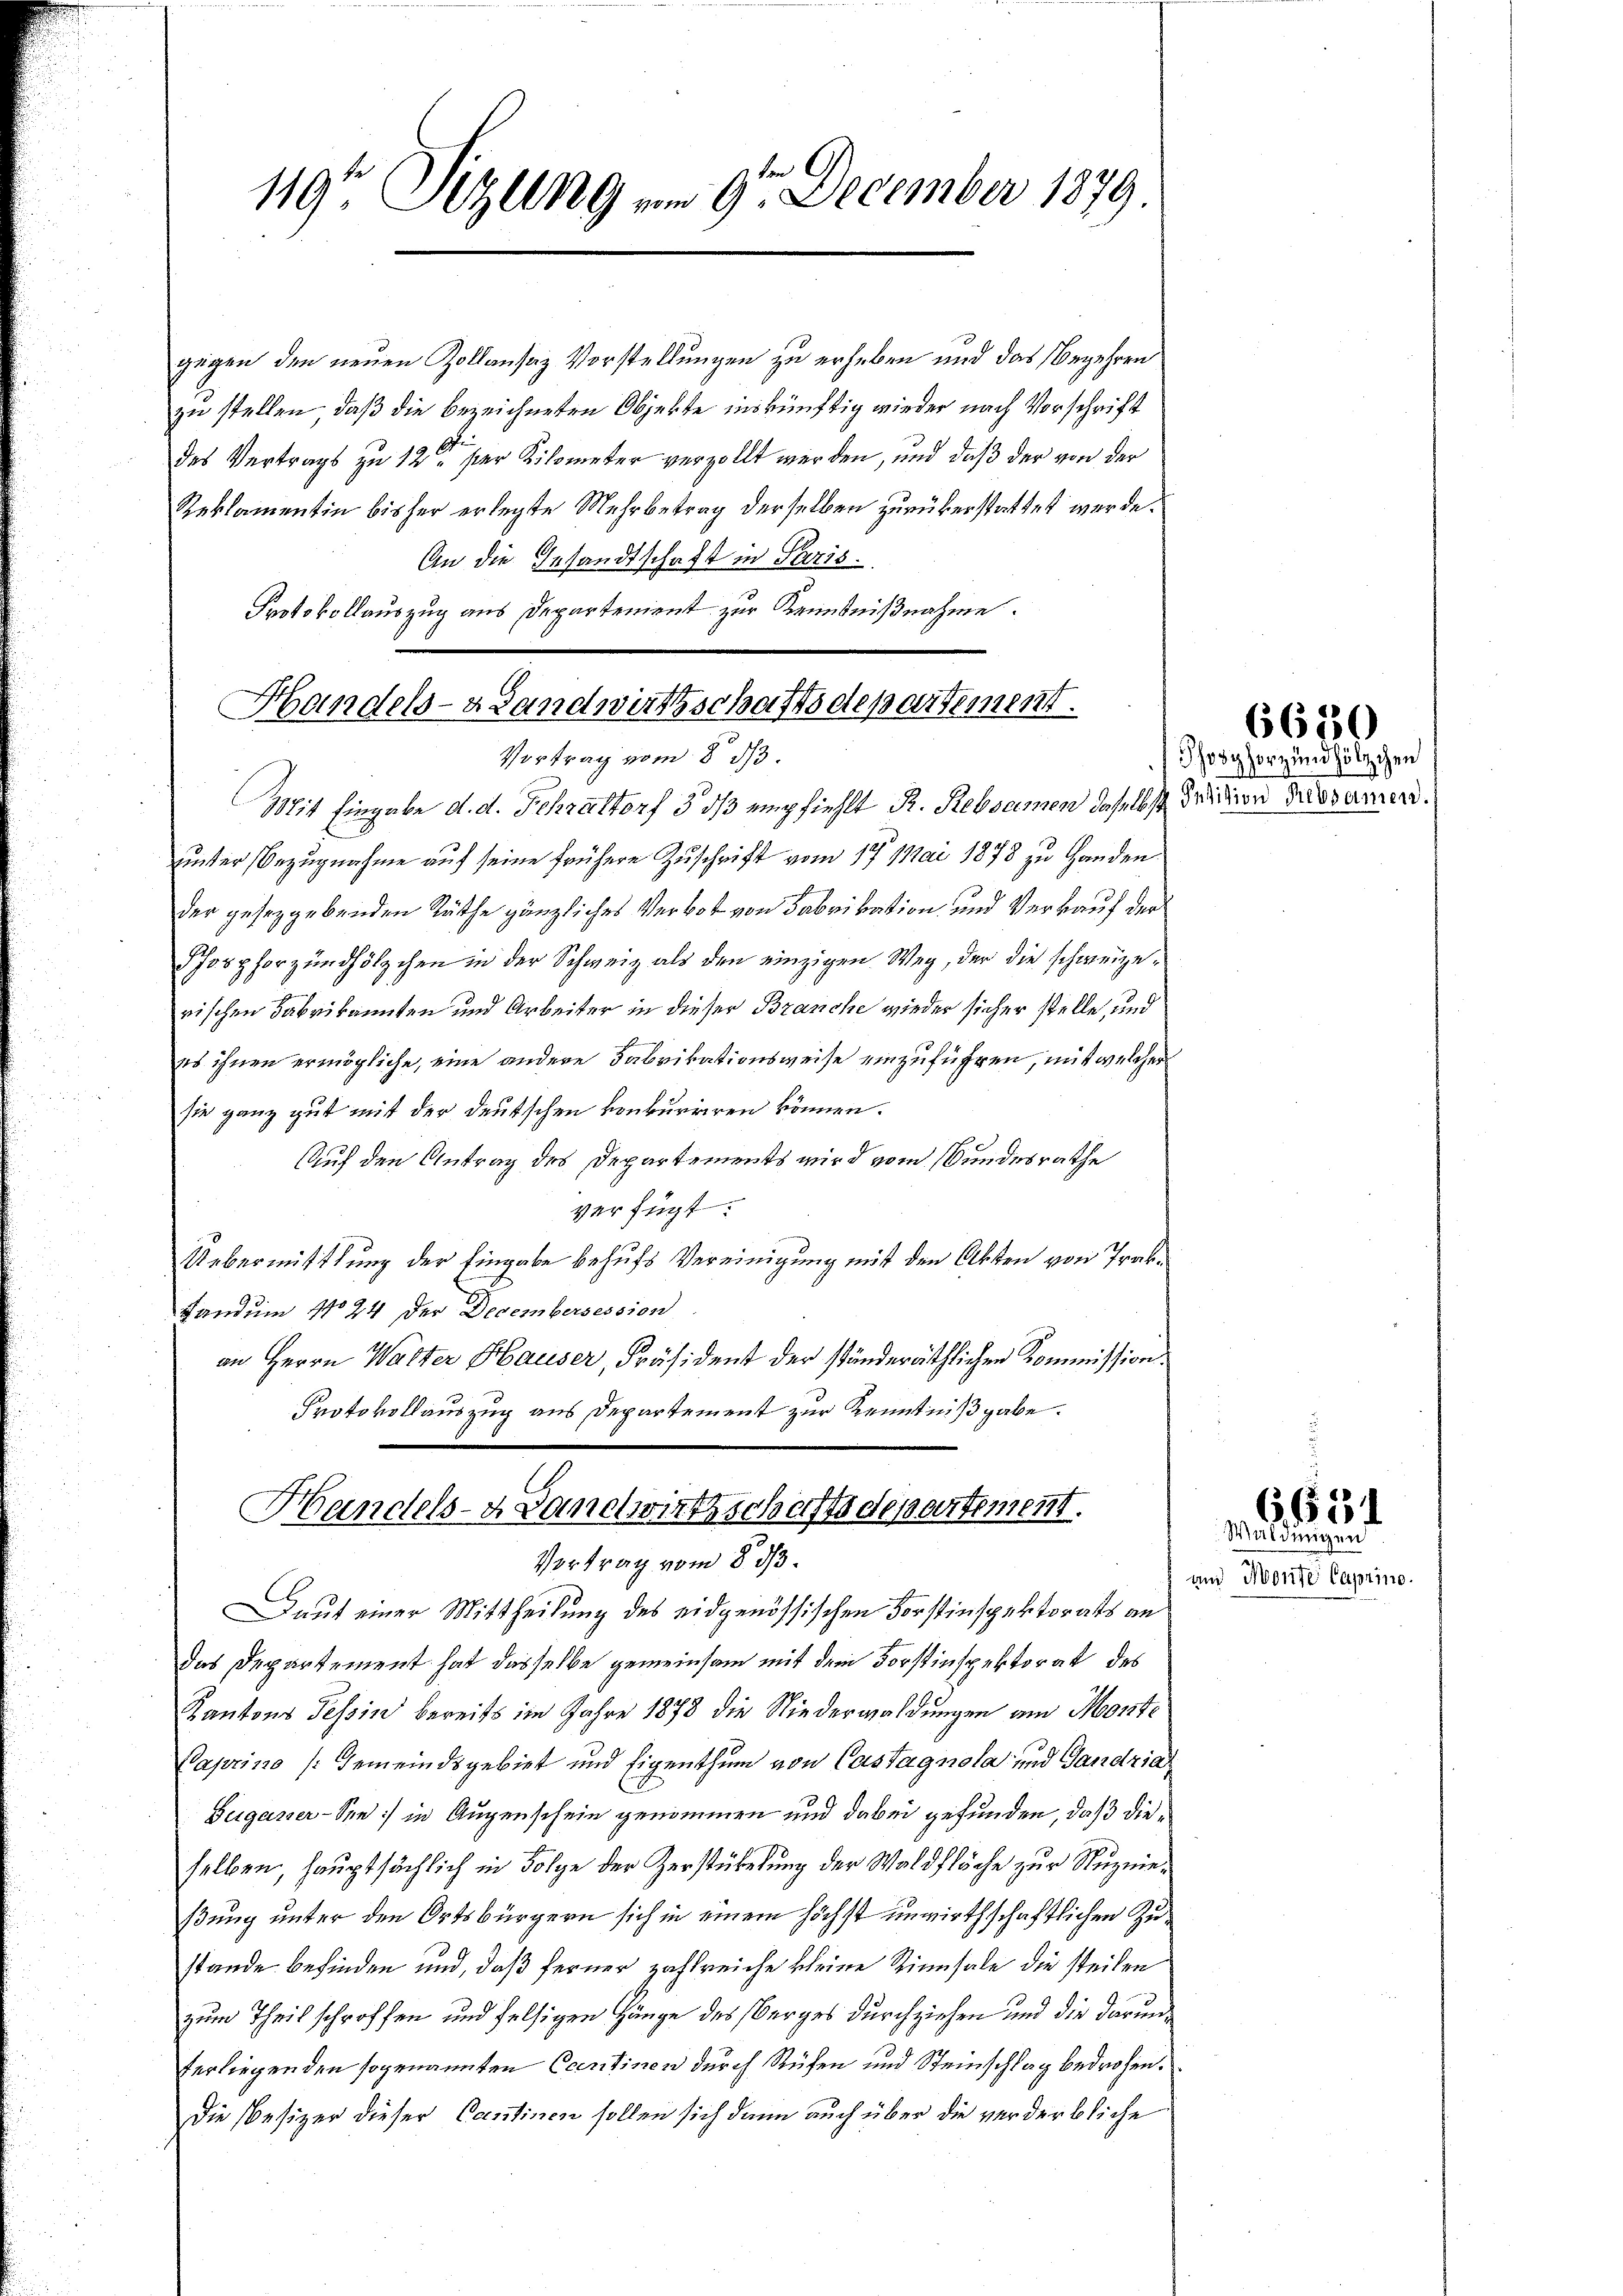
119te Sitzung am 9te December 1879.

gegen den neuen Zollansaz Vorstellungen zu erheben und das Begehren
zu stellen, daß die bezeichneten Objekte inskünftig wieder nach Vorschrift
des Vertrags zu 12ten der Kilometer verzollt werden, und daß der von der
Reklamentin bisher erlegte Mehrbetrag derselben zurükerstattet werde.
An die Gesandtschaft in Paris
Protokollauszug aus Departement zur Kenntnißnahme.

Handels- & Landwirtschaftsdepartement.
Vortrag vom 8. ds.

Mit Eingabe d. d. Fehraltorf 3 dß empfiehlt R. Rebsamen daselbst Friden Posamen.
unter Bezugnahme auf seine frühere Zuschrift vom 17. Mai 1878 zu Handen
der geseggebenden Räthe gänzliches Verbot von Fabrikation und Verkauf der
Schosphorzundhölzchen in der Schweiz als den einzigen Weg, der die schweizerischen Fabrikannten und Arbeiter in dieser Branche wieder sicher stelle, und
es ihnen ermögliche, eine andere Fabrikationsweise einzuführen, mit welcher
sie ganz gut mit der deutschen konkurriren können.
Auf den Antrag des Departements wird vom Bundesrathe
verfügt:
Uebermittlung der Eingabe behufs Vereinigung mit den Akten von Trak¬
Landum No 24 der Decembersession
an Herrn Walter Hauser, Präsident der ständeräthlichen Kommission.
Protokollauszug aus Departement zur Kenntnißgabe.
Handels- & Landwirtschaftsdepartement.
Vortrag vom 8 1/3.
aut einer Mittheilung des eidgenössischen Forstinspektorats an
das Departement hat dasselbe gemeinsam mit dem Forstinspektorat des
Kantons Tessin bereits im Jahre 1878 die Niederwaldungen am Monte
Caprino [Gemeindsgebiet und Eigenthum von Castagnola und Gandria
Buganer-See :/ in Augenschein genommen und dabei gefunden, daß dieselben, hauptsächlich in Folge der Zerstübelung der Waldfläche zur Ruznießung unter den Ortsbürgern sich in einem höchst unwirthschaftlichen Zustande befinden und, daß ferner zahlreiche keine Rinnsale die steilen
zum Theil schroffen und felsigen Hänge des Berges durchziehen und die darunterliegenden sogenannten Ocentinen durch Rüfen und Steinschlag bedrohen.
Die Besizer dieser Cantinen sollen sich dann auch über die verderbliche

6650

Phosphorzundhölzchen

6631
Waldungen

und Monte Caprino.